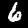
Digit: 6